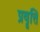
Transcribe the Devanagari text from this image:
प्रवॄत्ति